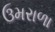
ઉમરાળા